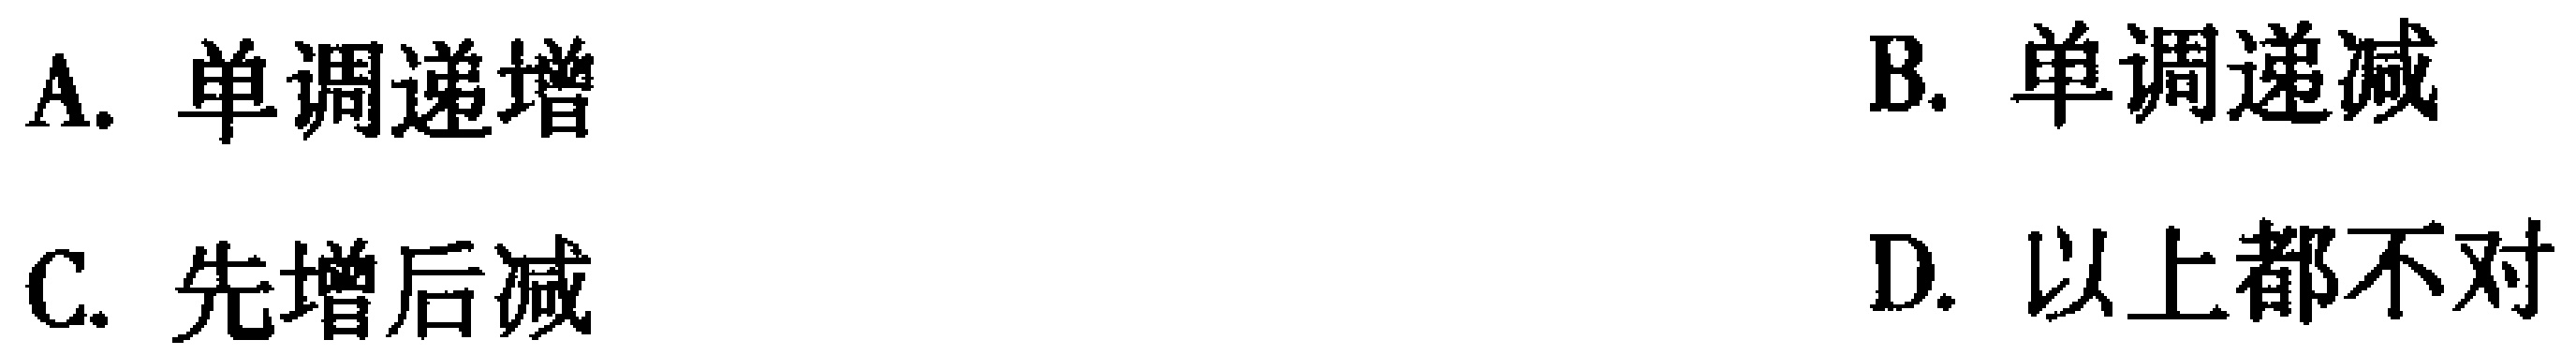
A. 单调递增
B. 单调递减
C. 先增后减
D. 以上都不对